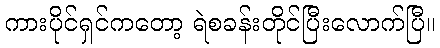
ကားပိုင်ရှင်ကတော့ ရဲစခန်းတိုင်ပြီးလောက်ပြီ။